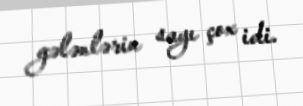
gələnlərin sayı çox idi.